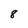
Character: 8